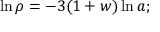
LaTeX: \ln { \rho } = - 3 ( 1 + w ) \ln { a } ;